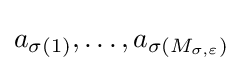
a_{\sigma (1)},\ldots ,a_{\sigma \left(M_{\sigma ,\varepsilon }\right)}